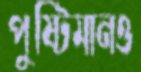
পুষ্টিমানও